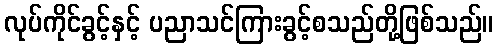
လုပ်ကိုင်ခွင့်နှင့် ပညာသင်ကြားခွင့်စသည်တို့ဖြစ်သည်။